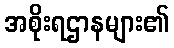
အစိုးရဌာနများ၏